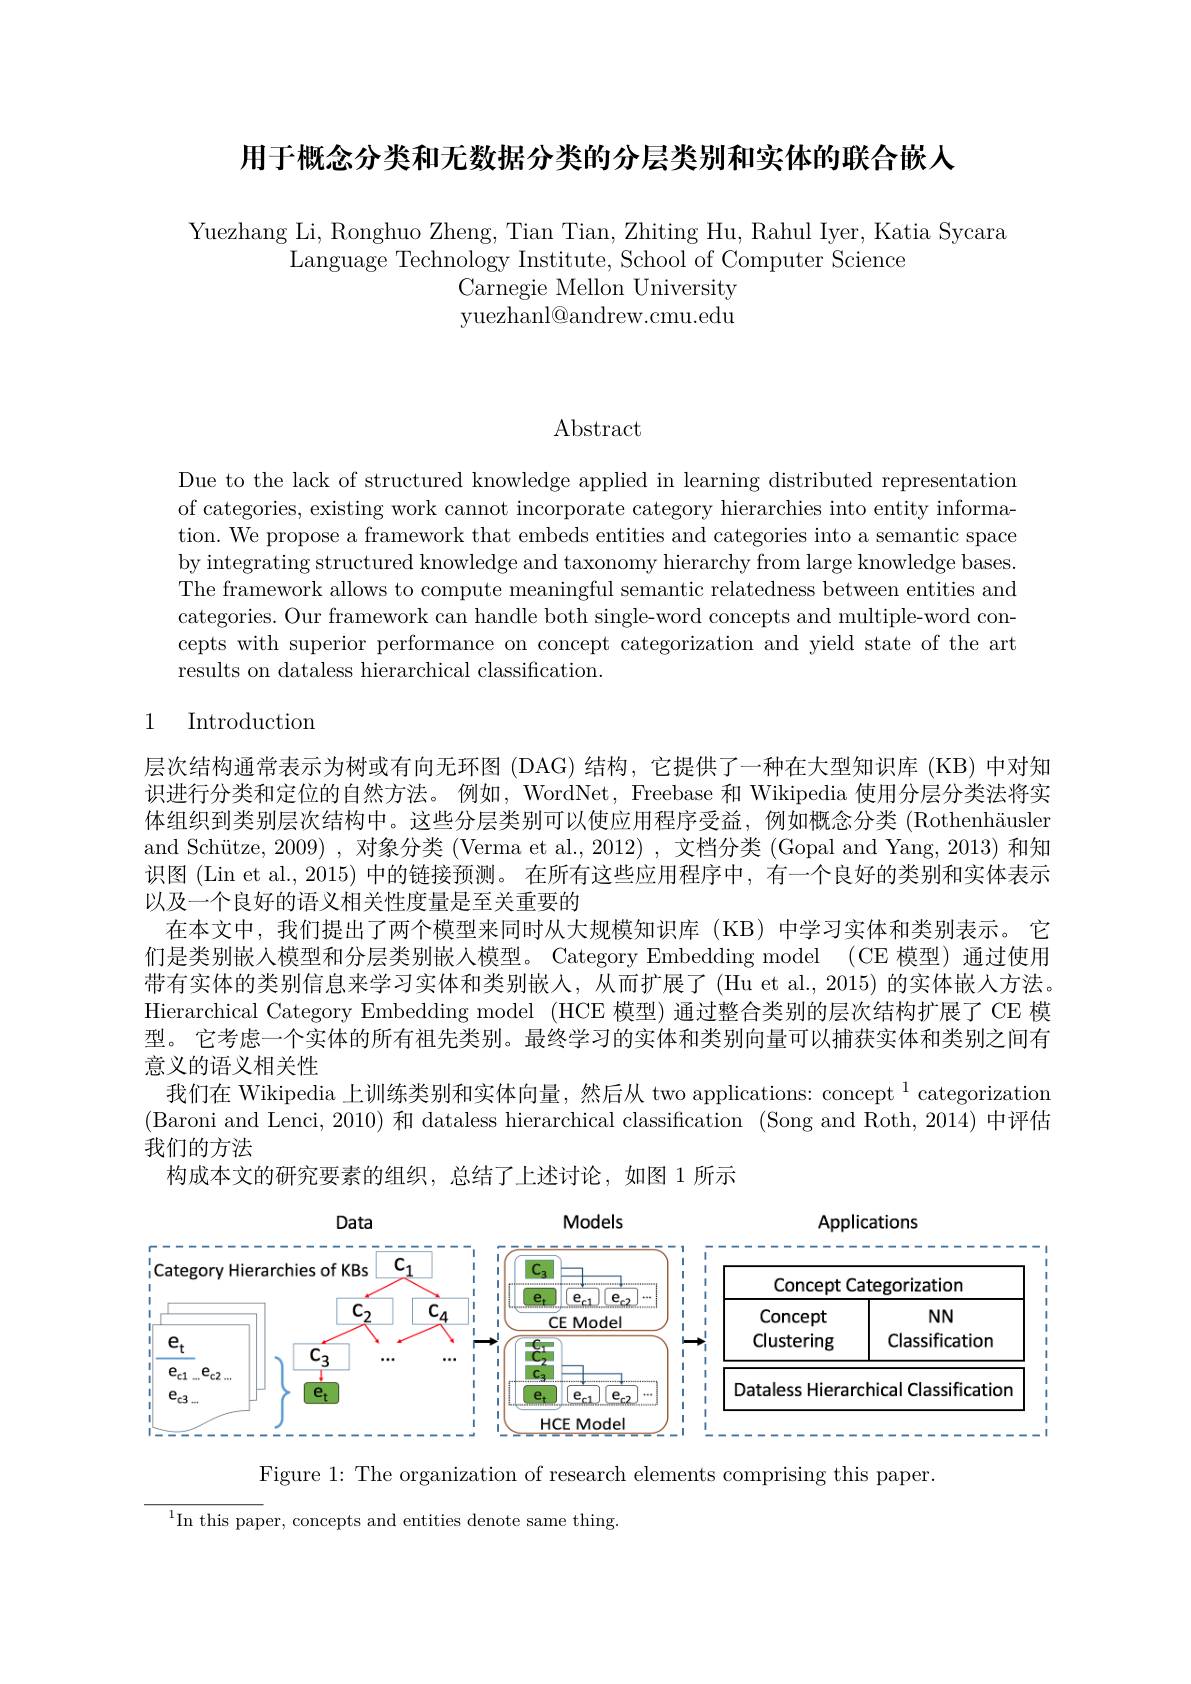
用于概念分类和无数据分类的分层类别和实体的联合嵌人

Yuezhang Li, Ronghuo Zheng, Tian Tian, Zhiting Hu, Rahul Iyer, Katia Sycara
Language Technology Institute, School of Computer Science
Carnegie Mellon University yuezhanl@andrew.cmu.edu

Abstract

Due to the lack of structured knowledge applied in learning distributed representatiom of categories, existing work cannot incorporate category hierarchies into entity information. We propose a framework that embeds entities and categories into a semantic space by integrating structured knowledge and taxonomy hierarchy from large knowledge bases The framework allows to compute meaningful semantic relatedness between entities and categories. Our framework can handle both single-word concepts and multiple-word concepts with superior performance on concept categorization and yield state of the arth results on dataless hierarchical classification.

# 1 Introduction

层次结构通常表示为树或有向无环图 (DAG) 结构，它提供了一种在大型知识库 (KB) 中对知识进行分类和定位的自然方法。例如，WordNet, Freebase 和 Wikipedia 使用分层分类法将实体组织到类别层次结构中。这些分层类别可以使应用程序受益，例如概念分类 (Rothenhäusler and Schütze, 2009) , 对象分类 (Verma et al., 2012) , 文档分类 (Gopal and Yang, 2013) 和知识图 (Lin et al., 2015) 中的链接预测。在所有这些应用程序中，有一个良好的类别和实体表示以及一个良好的语义相关性度量是至关重要的
在本文中，我们提出了两个模型来同时从大规模知识库(KB)中学习实体和类别表示。它们是类别嵌入模型和分层类别嵌入模型。Category Embedding model (CE 模型)通过使用带有实体的类别信息来学习实体和类别嵌人，从而扩展了(Hu et al.,2015) 的实体嵌人方法Hierarchical Category Embedding model (HCE 模型) 通过整合类别的层次结构扩展了 CE 模型。它考虑一个实体的所有祖先类别。最终学习的实体和类别向量可以捕获实体和类别之间有意义的语义相关性
我们在 Wikipedia 上训练类别和实体向量，然后从 two applications: concept $^{1}$ categorization (Baroni and Lenci, 2010) 和 dataless hierarchical classification (Song and Roth, 2014) 中评估我们的方法
构成本文的研究要素的组织，总结了上述讨论，如图 1 所示

<FigureHere>

Figure 1: The organization of research elements comprising this paper.

$^1$In this paper, concepts and entities denote same thing.